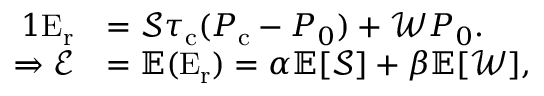
\begin{array} { r l } { { 1 } \mathrm { E } _ { \mathrm { r } } } & { = \mathcal { S } \tau _ { \mathrm { c } } ( P _ { \mathrm { c } } - P _ { 0 } ) + \mathcal { W } P _ { 0 } . } \\ { \Rightarrow \mathcal { E } } & { = \mathbb { E } ( \mathrm { E } _ { \mathrm { r } } ) = \alpha \mathbb { E } [ \mathcal { S } ] + \beta \mathbb { E } [ \mathcal { W } ] , \; } \end{array}